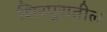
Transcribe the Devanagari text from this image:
शिरपुरातील